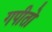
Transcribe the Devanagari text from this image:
गपीतो